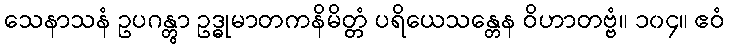
သေနာသနံ ဥပဂန္တွာ ဥဒ္ဓုမာတကနိမိတ္တံ ပရိယေသန္တေန ဝိဟာတဗ္ဗံ။ ၁၀၄။ ဧဝံ